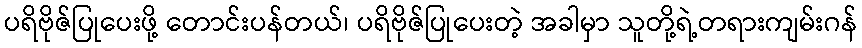
ပရိဗိုဇ်ပြုပေးဖို့ တောင်းပန်တယ်၊ ပရိဗိုဇ်ပြုပေးတဲ့ အခါမှာ သူတို့ရဲ့တရားကျမ်းဂန်